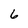
Character: 6